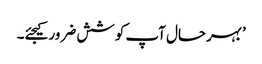
’بہرحال آپ کوشش ضرور کیجئے۔